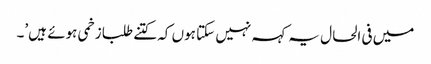
میں فی الحال یہ کہہ نہیں سکتا ہوں کہ کتنے طلبا زخمی ہوئے ہیں’۔